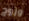
وزوج